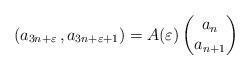
LaTeX: \begin{align*}(a_{3n+\varepsilon}\,,a_{3n+\varepsilon+1})=A(\varepsilon)\left(\begin{matrix}a_n\\a_{n+1}\end{matrix}\right)\end{align*}